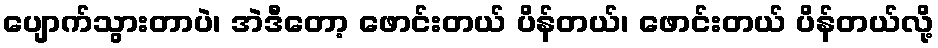
ပျောက်သွားတာပဲ၊ အဲဒီတော့ ဖောင်းတယ် ပိန်တယ်၊ ဖောင်းတယ် ပိန်တယ်လို့